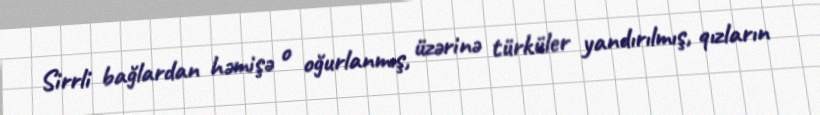
Sirrli bağlardan həmişə o oğurlanmış, üzərinə türküler yandırılmış, qızların